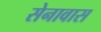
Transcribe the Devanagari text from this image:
सेनावास